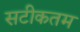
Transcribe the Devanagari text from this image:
सटीकतम